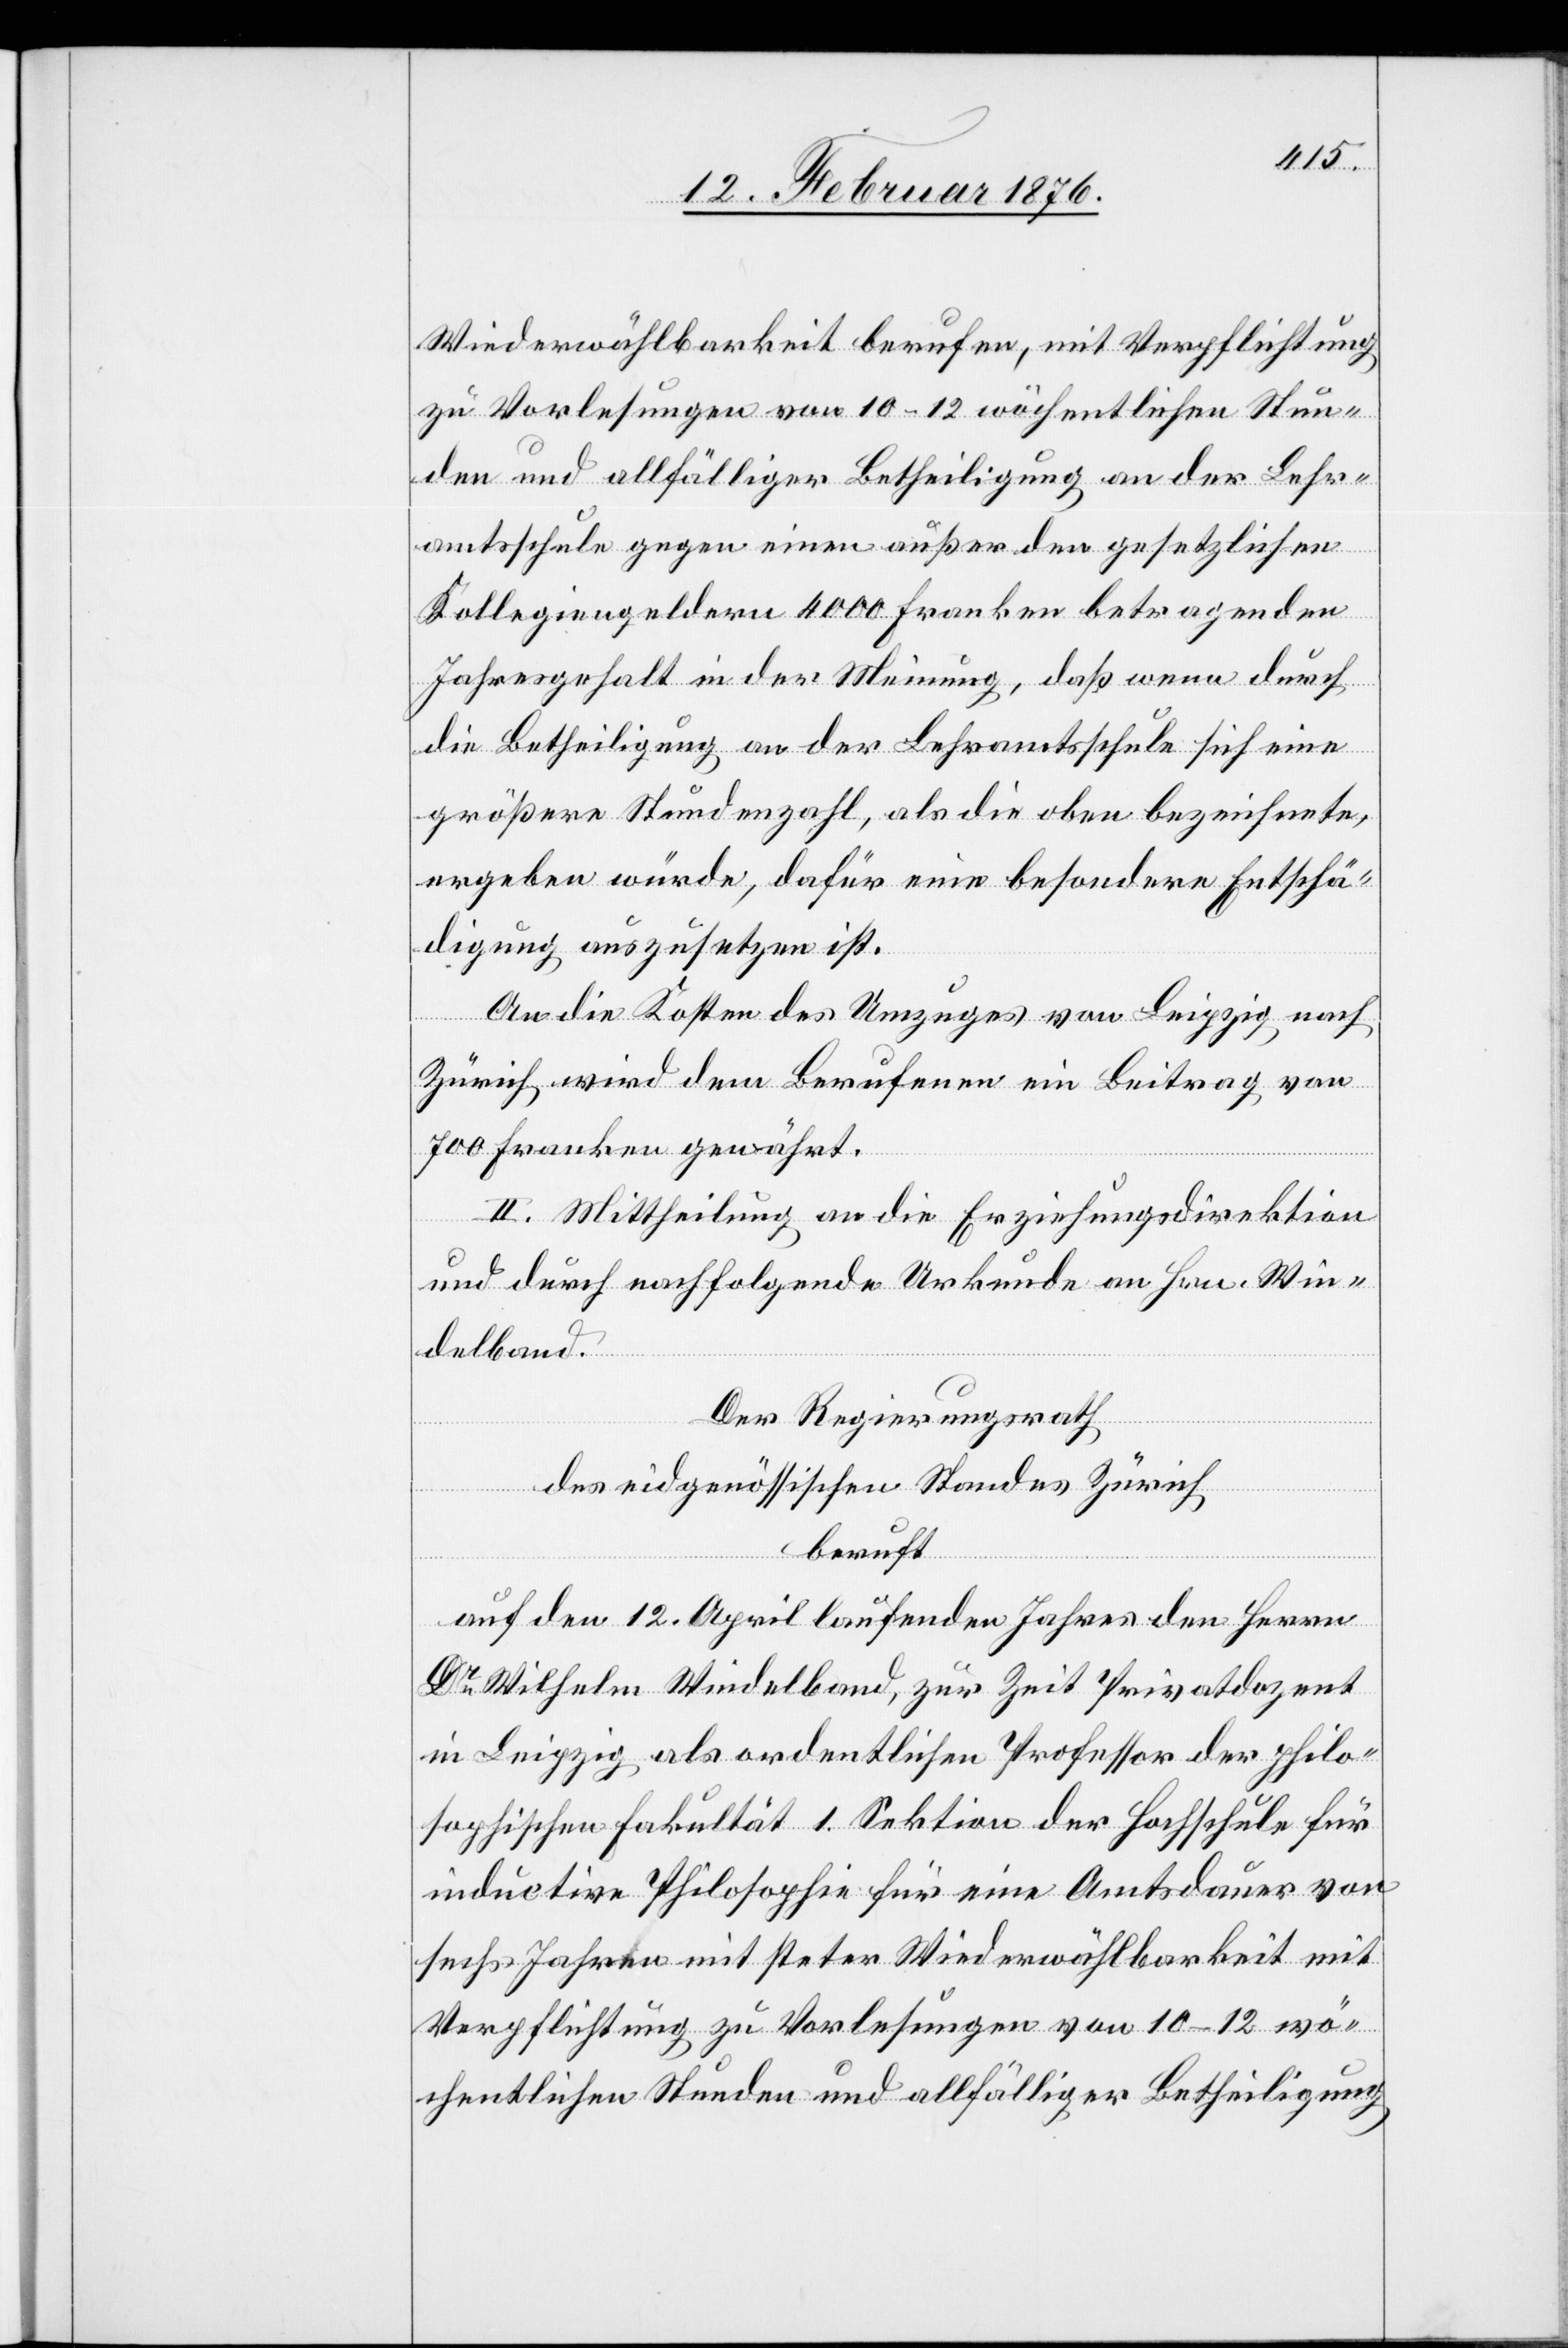
Wiederwählbarkeit berufen, mit Verpflichtung
zu Vorlesungen von 10–12 wöchentlichen Stun¬
den und allfälliger Betheiligung an der Lehr¬
amtsschule gegen einen außer der gesetzlichen
Kollegiengeldern 4000 Franken betragenden
Jahresgehalt in der Meinung, daß wenn durch
die Betheiligung an der Lehramtsschule sich eine
größere Stundenzahl, als die oben bezeichnete
ergeben würde, dafür eine besondere Entschä¬
digung auszusetzen ist.
An die Kosten des Umzuges von Leipzig nach
Zürich wird dem Berufenen ein Betrag von
700 Franken gewährt.
II. Mittheilung an die Erziehungsdirektion
und durch nachfolgende Urkunde an Hrn. Win¬
delband.
Der Regierungsrath
des eidgenössischen Standes Zürich
beruft
auf den 12. April laufenden Jahres den Herrn
Dr Wilhelm Windelband, zur Zeit Privatdozent
in Leipzig als ordentlichen Professor der philo¬
sophischen Fakultät 1. Sektion der Hochschule für
inductive Philosophie für eine Amtsdauer von
sechs Jahren mit steter Wiederwählbarkeit mit
Verpflichtung zu Vorlesungen von 10–12 wö¬
chentlichen Stunden und allfälliger Betheiligung